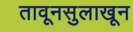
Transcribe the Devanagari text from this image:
तावूनसुलाखून